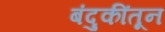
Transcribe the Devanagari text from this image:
बंदुकींतून